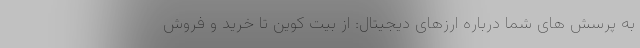
به پرسش های شما درباره ارزهای دیجیتال: از بیت کوین تا خرید و فروش